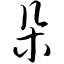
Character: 朵